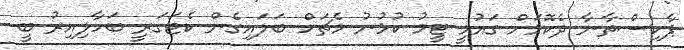
ޕާކިސްތާނާ ދެކޮޅަށް ގައުމީ ޓީމު ކުޅުނު މެޗަށް ބަލައިގެން ކެޓަގަރީ ބަހާލިއިރު ބީ